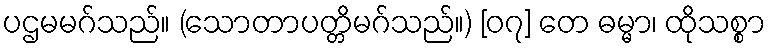
ပဌမမဂ်သည်။ (သောတာပတ္တိမဂ်သည်။) [၀၇] တေ ဓမ္မာ၊ ထိုသစ္စာ